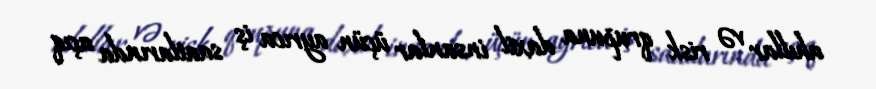
ahıllar və risk qrupuna daxil insanlar üçün ayrıca iş saatlarında açıq